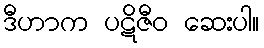
ဒီဟာက ပဋိဇီဝ ဆေးပါ။